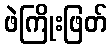
ဖဲကြိုးဖြတ်